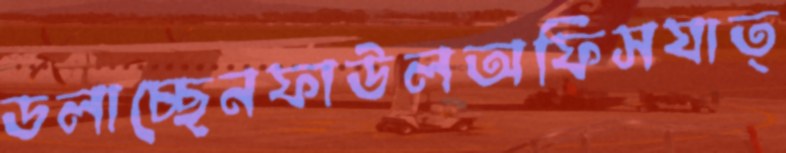
ডলাচ্ছেনফাউলঅফিসযাত্